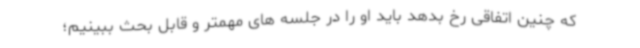
که چنین اتفاقی رخ بدهد باید او را در جلسه های مهمتر و قابل بحث ببینیم؛